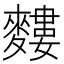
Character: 𪍣